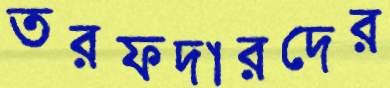
তরফদারদের